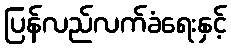
ပြန်လည်လက်ခံရေးနှင့်